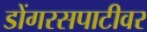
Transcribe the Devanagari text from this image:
डोंगरसपाटीवर